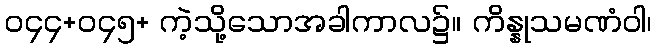
၀၄၄+၀၄၅+ ကဲ့သို့သောအခါကာလ၌။ ကိန္နုသမဏံဝါ၊